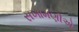
સખામણીએ